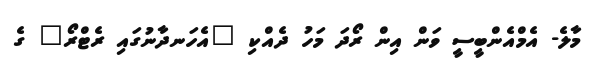
މާލެ- އެމްއެންބީސީ ވަން އިން ރޯދަ މަހު ދެއްކި "އެހަނދާނުގައި ރެޓްރޯ" ގެ